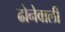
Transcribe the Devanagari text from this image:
ढोनेवाली